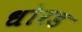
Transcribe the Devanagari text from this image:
धोरड